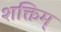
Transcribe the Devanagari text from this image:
शक्तिम्‌